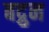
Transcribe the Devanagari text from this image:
बद्रुन